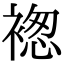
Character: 𧛤